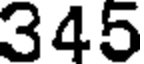
345